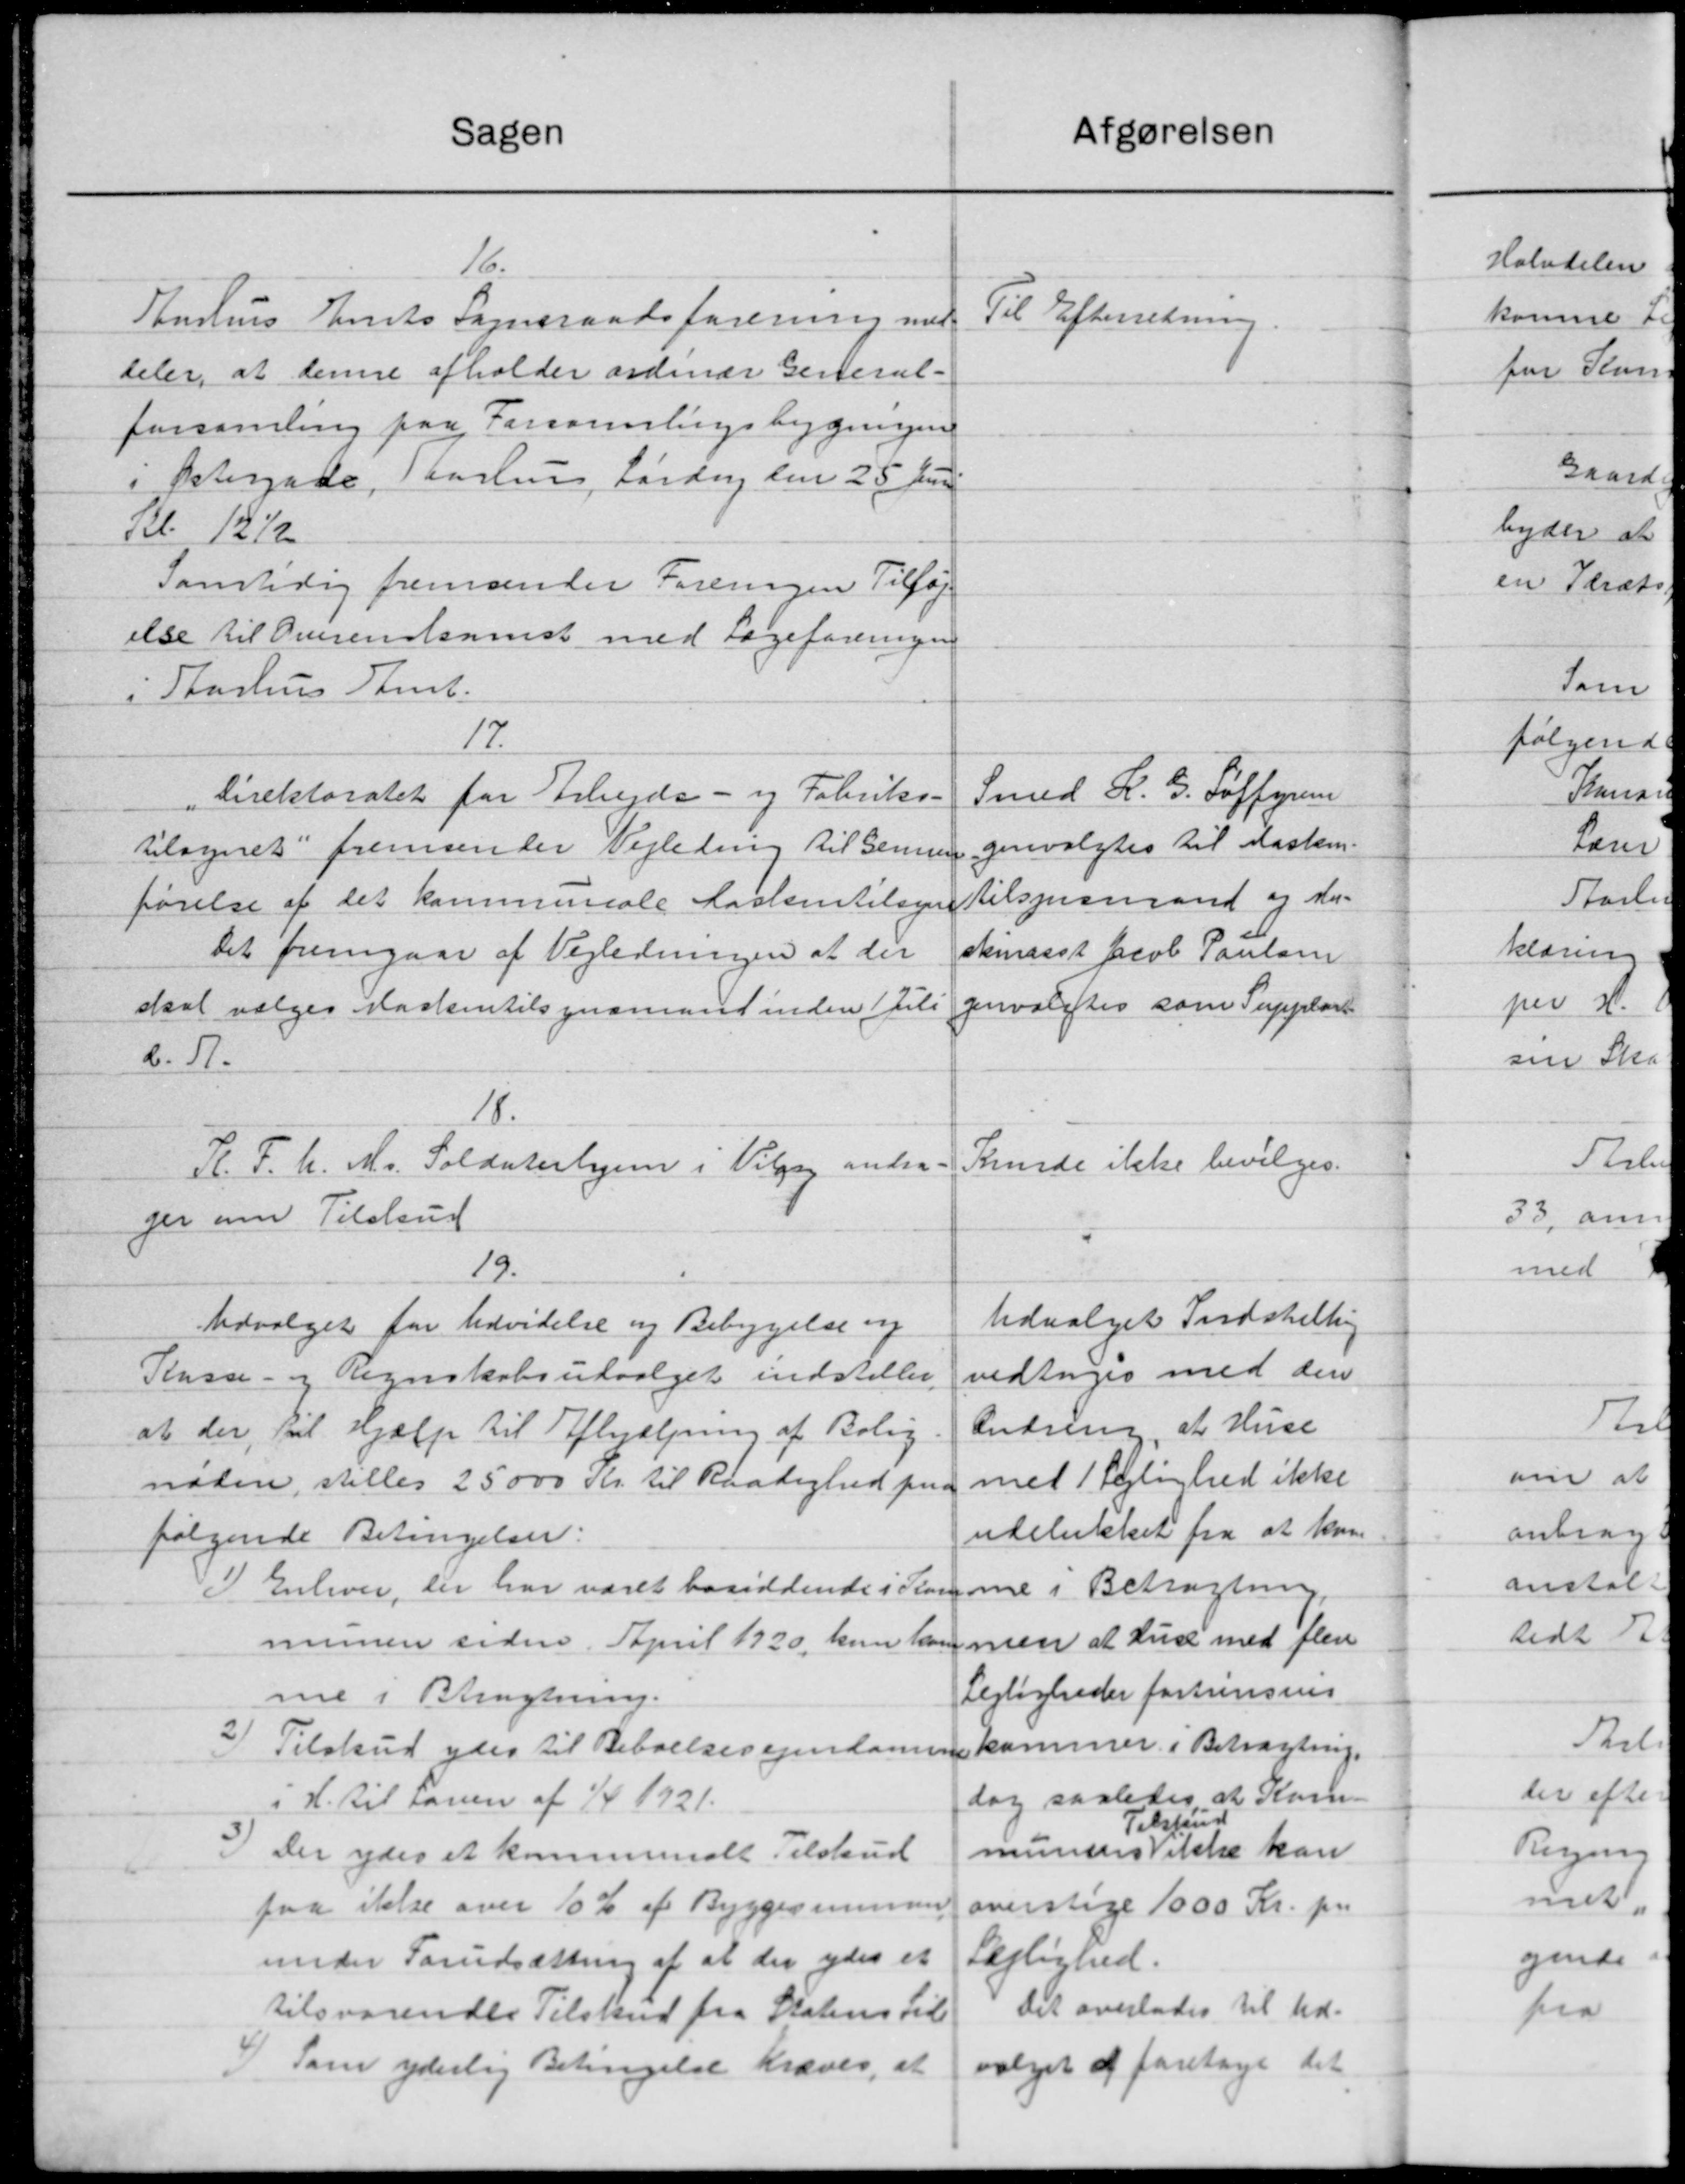
Transskription:
Sagen
16.
Anshus Amts Sogneraadsforening med
deler, at denne afholder ordinær General-
forsamling paa Forsamlingsbygningen
i Østergade, Aarhus Lørdag den 25 Jun
Kl. 12½
Samtidig fremsender Foreningen Tilføj
else til Overenskomst med Lægeforeningen
i Aarhus Amt.
17
„Direktoratet for Arbejde - og Fabriks-
tilsynet fremsender Vejledning til Gennem
førelse af det kommunale Karlsen tilsyn
Det fremgaar af Vejledningen at der
skal vælges Kaskintilsynsmand inden 1 Juli
d. A.
18.
Pl. F. U. M. Soldaterhjem i Vilges andra
ger om Tilskud
19.
Udvalget for Udvidelse og Bebyggelse og
Kasse- og Regnskabsudvalget indstiller
at der til Hjælp til Afhjælpning af Bolig
nøden, stilles 25000 Kr. til Raadighed paa
følgende Betingelser:
I Enhver, der har været bosiddende i Plan
munen side April 1920, kun han
me i Bragtning.
2
Tilskud ydes til Beboelses Ejendomme
i H. til Lanen af 1/4 1921.
3
Der ydes et kommunalt Tilskud
paa ikke over 10 % af Byggesumme
under Forudsættning af at der ydes et
tilsvarendes Tilskud fra Statens til
4) Som yderlig Betingelse kræves, at